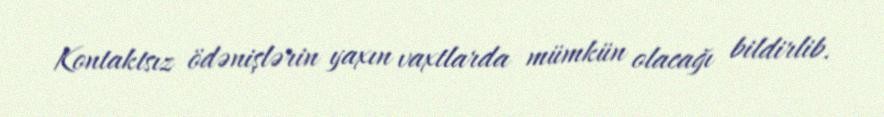
Kontaktsız ödənişlərin yaxın vaxtlarda mümkün olacağı bildirlib.